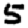
Digit: 5